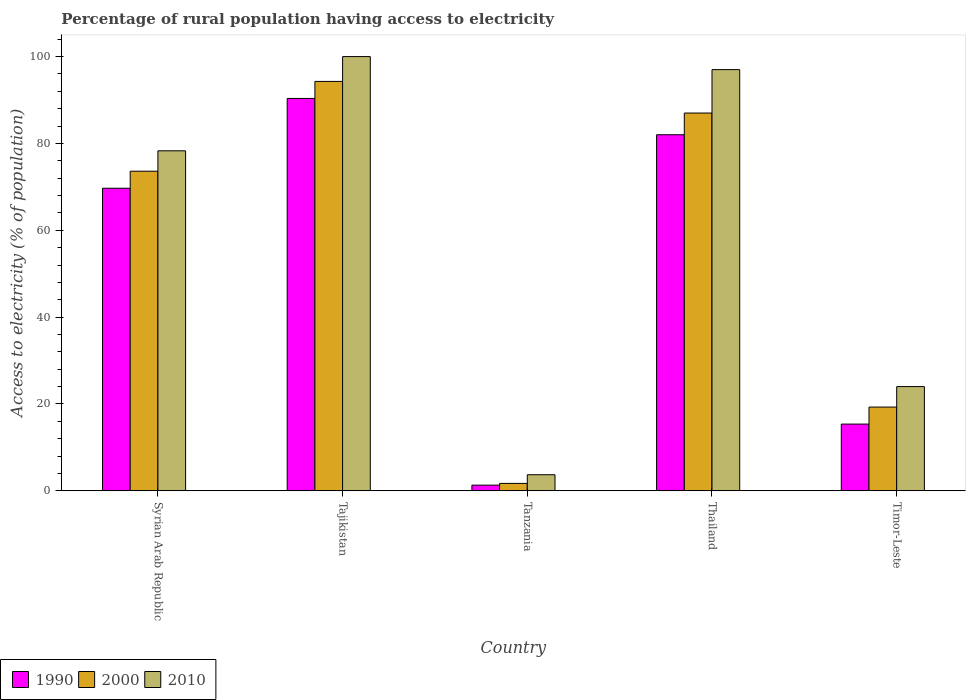
| Country | 1990 | 2000 | 2010 |
 | --- | --- | --- | --- |
 | Syrian Arab Republic | 69.7 | 73.6 | 78.3 |
 | Tajikistan | 90.4 | 94.3 | 100 |
 | Tanzania | 1.3 | 1.7 | 3.7 |
 | Thailand | 82 | 87 | 97 |
 | Timor-Leste | 15.4 | 19.3 | 24 |